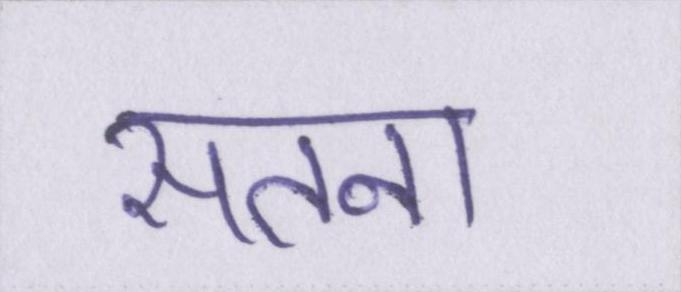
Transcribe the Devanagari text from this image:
सतना